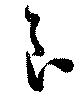
良